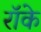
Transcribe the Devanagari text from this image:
रॉके